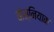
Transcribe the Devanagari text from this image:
बोस्नियाक